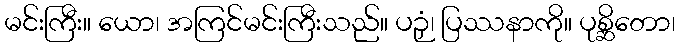
မင်းကြီး။ ယော၊ အကြင်မင်းကြီးသည်။ ပဉှံ၊ ပြဿနာကို။ ပုစ္ဆိတော၊